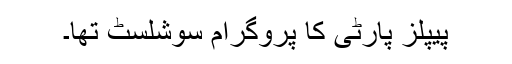
پیپلز پارٹی کا پروگرام سوشلسٹ تھا۔